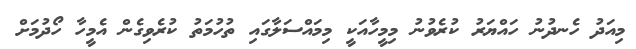
މިއަދު ހެނދުނު ހައްޔަރު ކުރެވުނު މިމީހާއަކީ މިމައްސަލާގައި ތުހުމަތު ކުރެވިގެން އެމީހާ ހޯދުމަށް